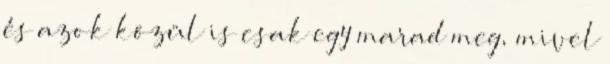
és azok közül is csak egy marad meg, mivel